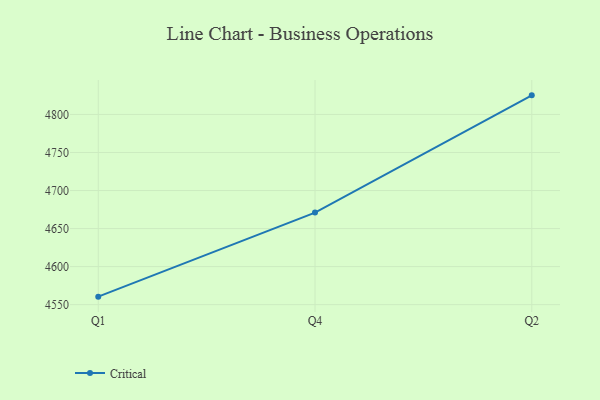
{"axis": {"x": "Quarter", "y": "Page Views"}, "legend": ["Critical"], "data": [{"x": "Q1", "y": 4560.5, "type": "Critical"}, {"x": "Q4", "y": 4671.0, "type": "Critical"}, {"x": "Q2", "y": 4825.1, "type": "Critical"}]}